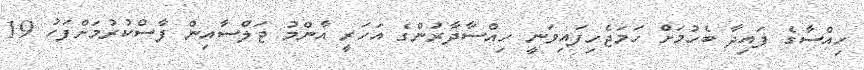
ހިއްސާގެ ފައިދާ ބެހުމަށް ހަމަޖެހިފައިވަނީ ހިއްސާދާރުންގެ އަހަރީ އާންމު ޖަލްސާއިން ފާސްކުރުމަށްފަހު 19